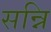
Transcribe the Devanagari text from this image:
सन्नि